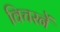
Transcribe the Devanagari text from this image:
विचरनें